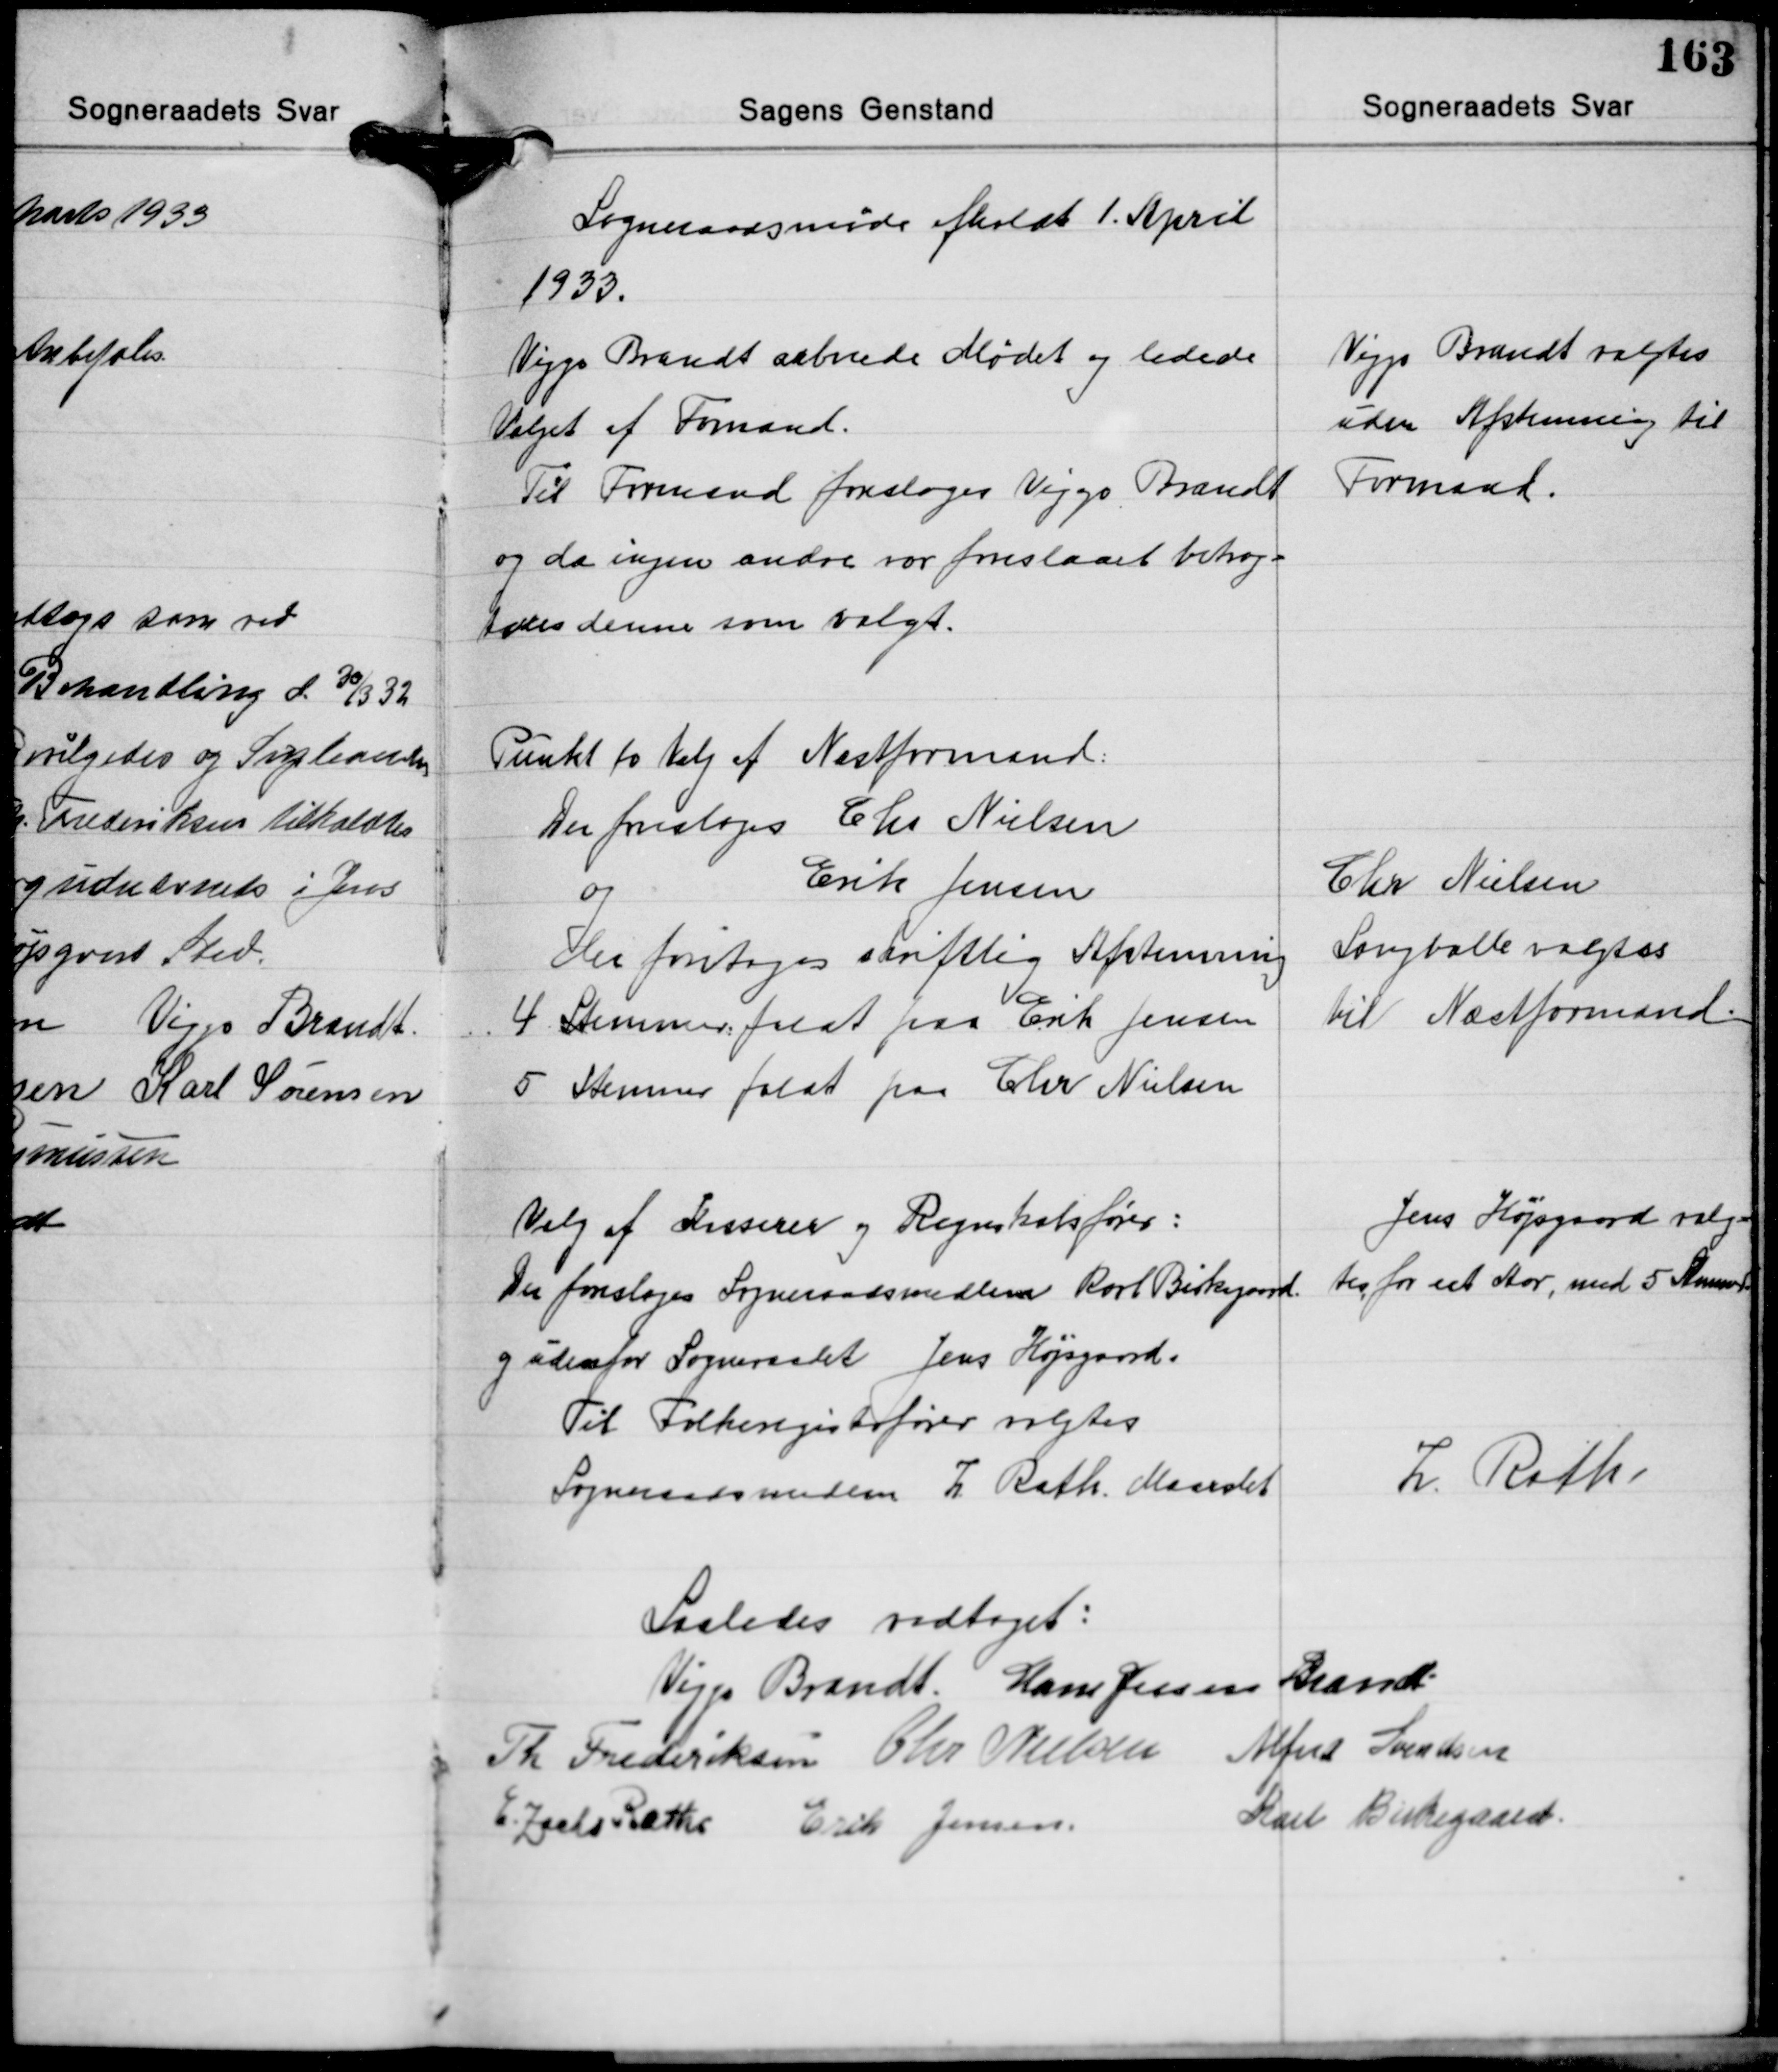
Transskription:
Sogneraadsmøde afholdt 1. April
1933.

Viggo Brandt aabnede Mødet og ledede
Valget af Formand.
Til Formand foresloges Viggo Brandt
og da ingen andre var foreslaaet betrag-
tedes denne som valgt.

Viggo Brandt valgtes
uden Afstemning til
Formand.

Punkt to Valg af Næstformand:
Der foresloges Chr. Nielsen
og Erik Jensen
Der foretoges skriftlig Afstemning
4. Stemmer faldt paa Erik Jensen
5 Stemmer faldt paa Chr. Nielsen

Chr. Nielsen
Langballe valgtes
til Næstformand

Valg af Kasserer og Regnskabsfører:
Der foresloges Sogneraadsmedlem Karl Birkegaard.
og udenfor Sogneraadet Jens Højsgaard.
Til Folkeregisterfører valgtes
Sogneraadsmedlem Z. Rath, Maarslet

Jens Højsgaard valg-
tes for eet Aar, med 5 Stemmer

Z. Rath.

Saaledes vedtaget:
Viggo Brandt Hans Jessen Brandt
Th. Frederiksen Chr. Nielsen Alfred Svendsen
Karl Birkegaard
E. Zacho Rath Erik Jensen